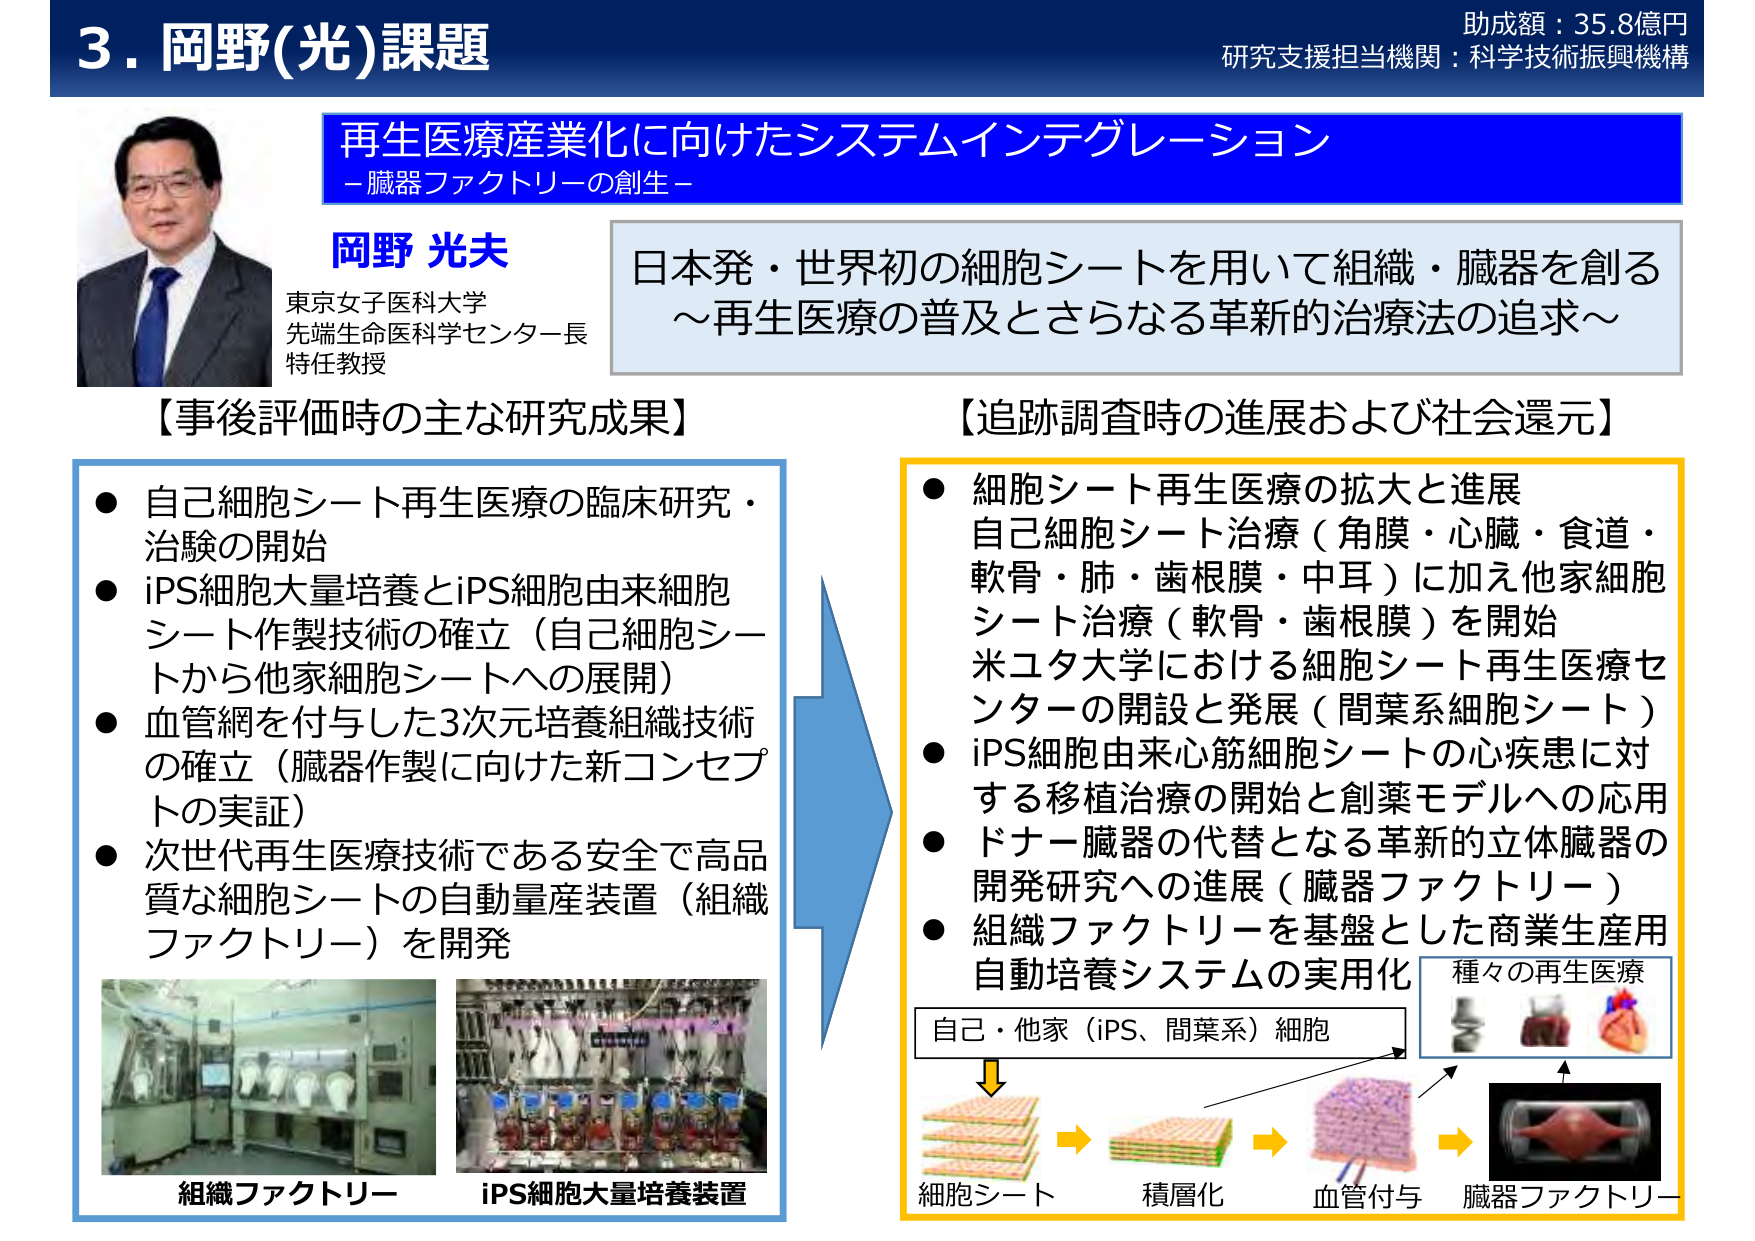
3. 岡野(光)課題
助成額：35.8億円
研究支援担当機関：科学技術振興機構

再生医療産業化に向けたシステムインテグレーション
－臓器ファクトリーの創生－

岡野 光夫
東京女子医科大学
先端生命医科学センター長
特任教授

日本発・世界初の細胞シートを用いて組織・臓器を創る
～再生医療の普及とさらなる革新的治療法の追求～

【事後評価時の主な研究成果】
● 自己細胞シート再生医療の臨床研究・治験の開始
● iPS細胞大量培養とiPS細胞由来細胞シート作製技術の確立（自己細胞シートから他家細胞シートへの展開）
● 血管網を付与した3次元培養組織技術の確立（臓器作製に向けた新コンセプトの実証）
● 次世代再生医療技術である安全で高品質な細胞シートの自動量産装置（組織ファクトリー）を開発

【追跡調査時の進展および社会還元】
● 細胞シート再生医療の拡大と進展
　自己細胞シート治療（角膜・心臓・食道・軟骨・肺・歯根膜・中耳）に加え他家細胞シート治療（軟骨・歯根膜）を開始
　米ユタ大学における細胞シート再生医療センターの開設と発展（間葉系細胞シート）
● iPS細胞由来心筋細胞シートの心疾患に対する移植治療の開始と創薬モデルへの応用
● ドナー臓器の代替となる革新的立体臓器の開発研究への進展（臓器ファクトリー）
● 組織ファクトリーを基盤とした商業生産用自動培養システムの実用化

自己・他家（iPS、間葉系）細胞
→ 細胞シート → 積層化 → 血管付与 → 臓器ファクトリー
種々の再生医療

組織ファクトリー
iPS細胞大量培養装置